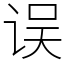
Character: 误